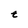
Character: t